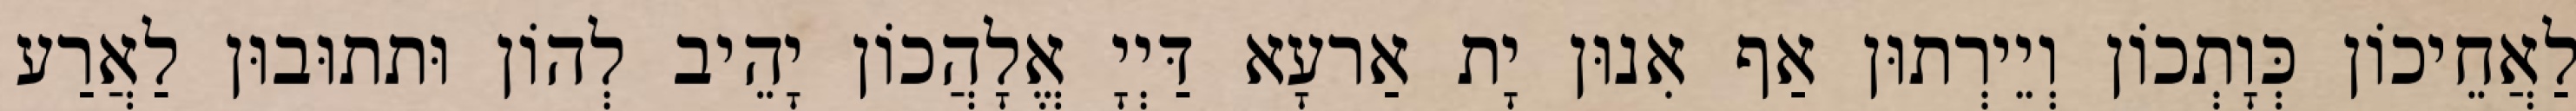
לַאֲחֵיכוֹן כְּוָתְכוֹן וְיֵירְתוּן אַף אִנוּן יָת אַרעָא דַּיְיָ אֱלָהֲכוֹן יָהֵיב לְהוֹן וּתתוּבוּן לַאֲרַע